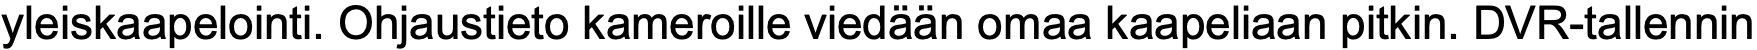
yleiskaapelointi. Ohjaustieto kameroille viedään omaa kaapeliaan pitkin. DVR-tallennin